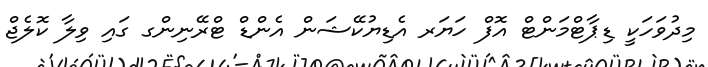
މިދުވަހަކީ ޑިޕާޓްމަންޓް އޮފް ހަޔަރ އެޑިޔުކޭޝަން އެންޑް ޓްރޭނިންގ ގައި ވިލާ ކޮލެޖް